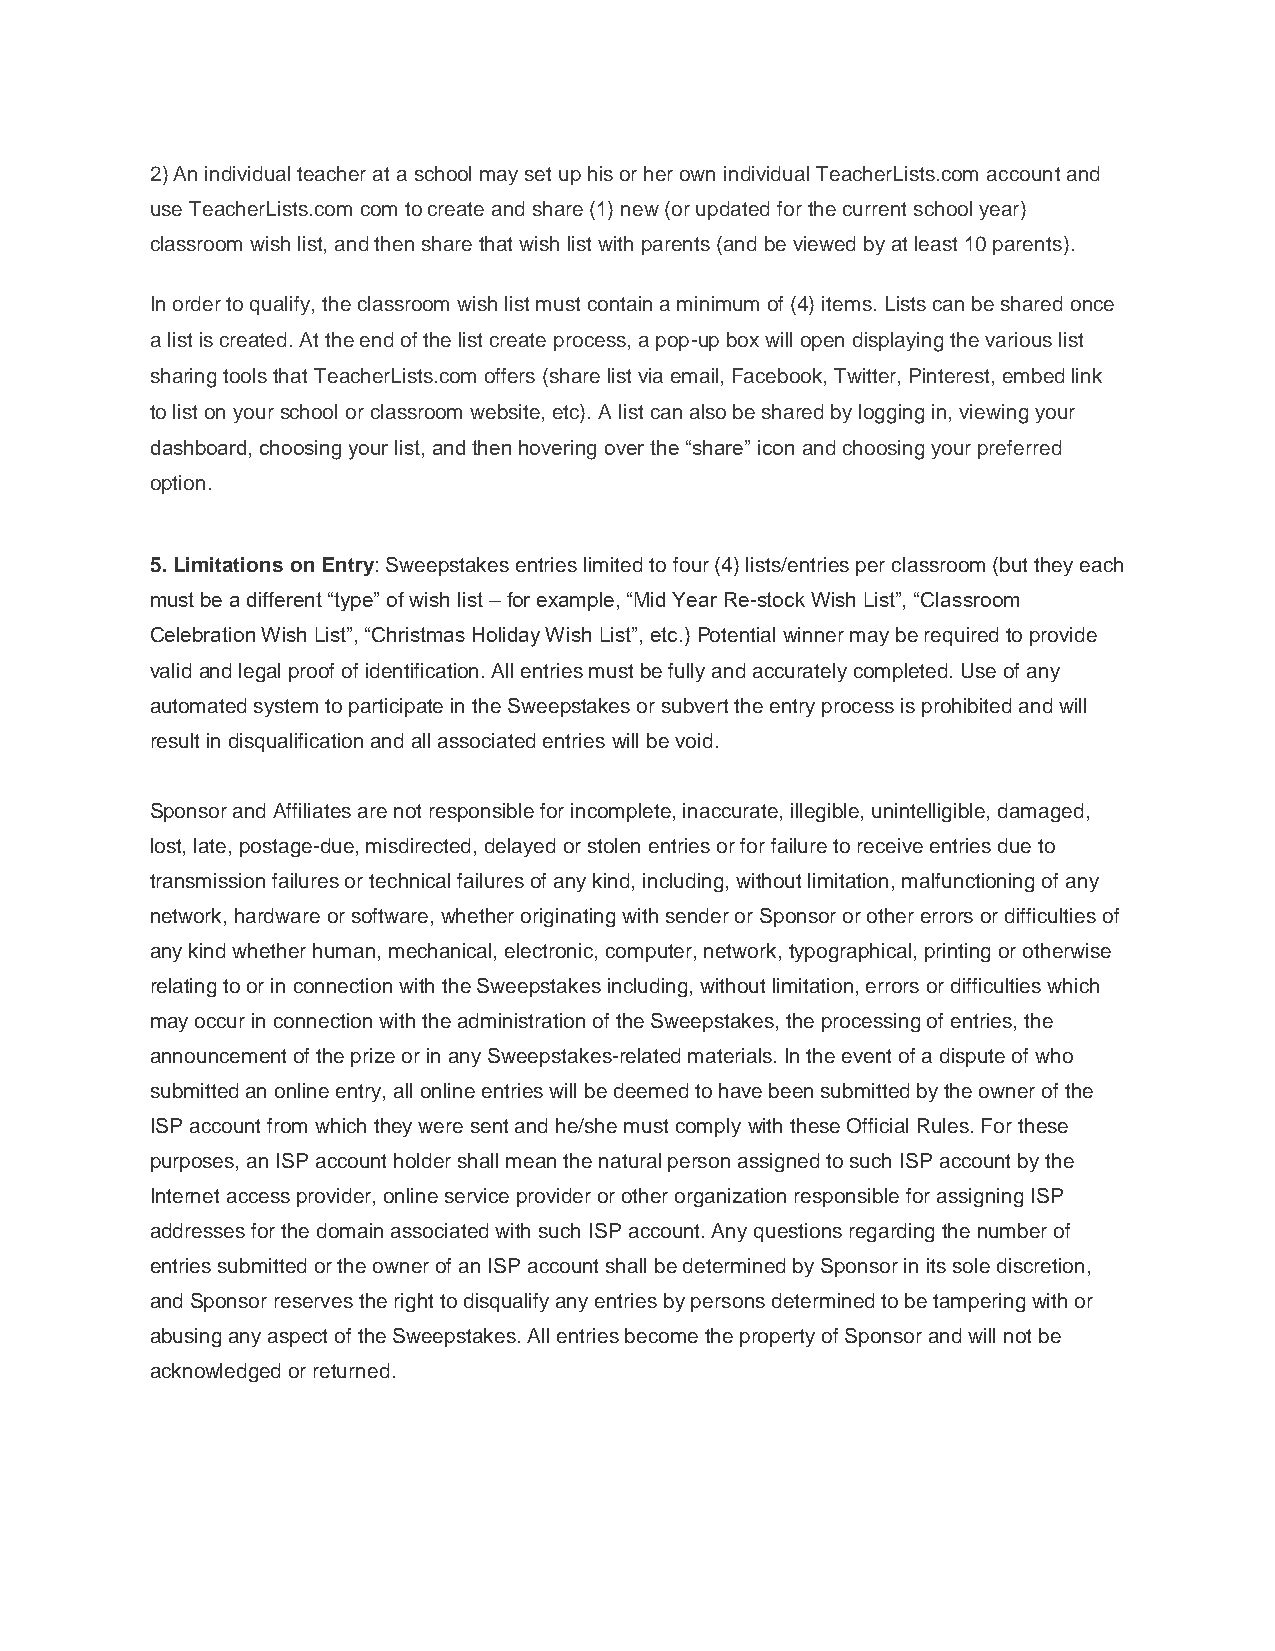
2) An individual teacher at a school may set up his or her own individual TeacherLists.com account and
 use TeacherLists.com com to create and share (1) new (or updated for the current school year)
 classroom wish list, and then share that wish list with parents (and be viewed by at least 10 parents).
 In order to qualify, the classroom wish list must contain a minimum of (4) items. Lists can be shared once
 a list is created. At the end of the list create process, a pop-up box will open displaying the various list
 sharing tools that TeacherLists.com offers (share list via email, Facebook, Twitter, Pinterest, embed link
 to list on your school or classroom website, etc). A list can also be shared by logging in, viewing your
 dashboard, choosing your list, and then hovering over the “share” icon and choosing your preferred
 option.
 5. Limitations on Entry: Sweepstakes entries limited to four (4) lists/entries per classroom (but they each
 must be a different “type” of wish list – for example, “Mid Year Re-stock Wish List”, “Classroom
 Celebration Wish List”, “Christmas Holiday Wish List”, etc.) Potential winner may be required to provide
 valid and legal proof of identification. All entries must be fully and accurately completed. Use of any
 automated system to participate in the Sweepstakes or subvert the entry process is prohibited and will
 result in disqualification and all associated entries will be void.
 Sponsor and Affiliates are not responsible for incomplete, inaccurate, illegible, unintelligible, damaged,
 lost, late, postage-due, misdirected, delayed or stolen entries or for failure to receive entries due to
 transmission failures or technical failures of any kind, including, without limitation, malfunctioning of any
 network, hardware or software, whether originating with sender or Sponsor or other errors or difficulties of
 any kind whether human, mechanical, electronic, computer, network, typographical, printing or otherwise
 relating to or in connection with the Sweepstakes including, without limitation, errors or difficulties which
 may occur in connection with the administration of the Sweepstakes, the processing of entries, the
 announcement of the prize or in any Sweepstakes-related materials. In the event of a dispute of who
 submitted an online entry, all online entries will be deemed to have been submitted by the owner of the
 ISP account from which they were sent and he/she must comply with these Official Rules. For these
 purposes, an ISP account holder shall mean the natural person assigned to such ISP account by the
 Internet access provider, online service provider or other organization responsible for assigning ISP
 addresses for the domain associated with such ISP account. Any questions regarding the number of
 entries submitted or the owner of an ISP account shall be determined by Sponsor in its sole discretion,
 and Sponsor reserves the right to disqualify any entries by persons determined to be tampering with or
 abusing any aspect of the Sweepstakes. All entries become the property of Sponsor and will not be
 acknowledged or returned.